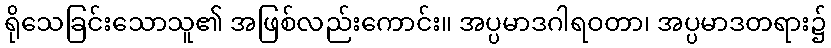
ရိုသေခြင်းသောသူ၏ အဖြစ်လည်းကောင်း။ အပ္ပမာဒဂါရဝတာ၊ အပ္ပမာဒတရား၌